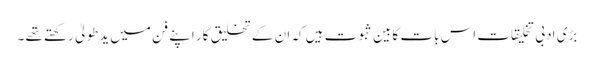
بڑی ادبی تخلیقات اس بات کا بین ثبوت ہیں کہ ان کے تخلیق کار اپنے فن میں یدطولیٰ رکھتے تھے ۔